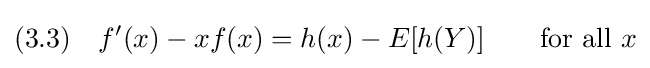
(3.3)\quad f'(x)-xf(x)=h(x)-E[h(Y)]\qquad {\text{for all }}x